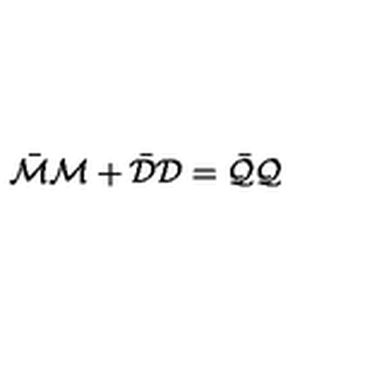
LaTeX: \bar { \cal M } { \cal M } + \bar { \cal D } { \cal D } = \bar { \cal Q } { \cal Q }